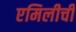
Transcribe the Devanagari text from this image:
एमिलीची